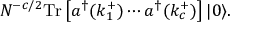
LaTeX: N ^ { - c / 2 } \mathrm { T r } \left[ a ^ { \dagger } ( k _ { 1 } ^ { + } ) \cdots a ^ { \dagger } ( k _ { c } ^ { + } ) \right] | 0 \rangle .